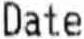
DATE